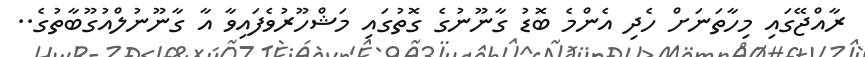
ރާއްޖޭގައި މިހާތަނަށް ހެދި އެންމެ ބޮޑު ގާނޫނުގެ ގޮތުގައި މަޝްހޫރުވެފައިވާ އާ ގާނޫނުލްއުގޫބާތުގެ..